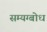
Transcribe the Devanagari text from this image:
सम्यग्बोध